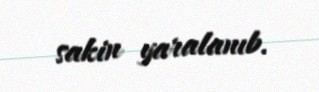
sakin yaralanıb.